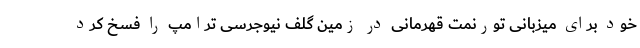
خود برای میزبانی تورنمت قهرمانی در زمین گلف نیوجرسی ترامپ را فسخ کرد